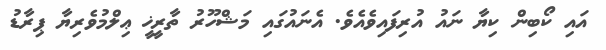
އައި ކޯބިން ކިޔާ ނައު އުރިފައިވެއެވެ. އެނައުގައި މަޝްހޫރު ތާރީޚީ ޢިލްމުވެރިޔާ ޕިރާޑު